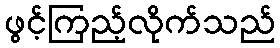
ဖွင့်ကြည့်လိုက်သည်